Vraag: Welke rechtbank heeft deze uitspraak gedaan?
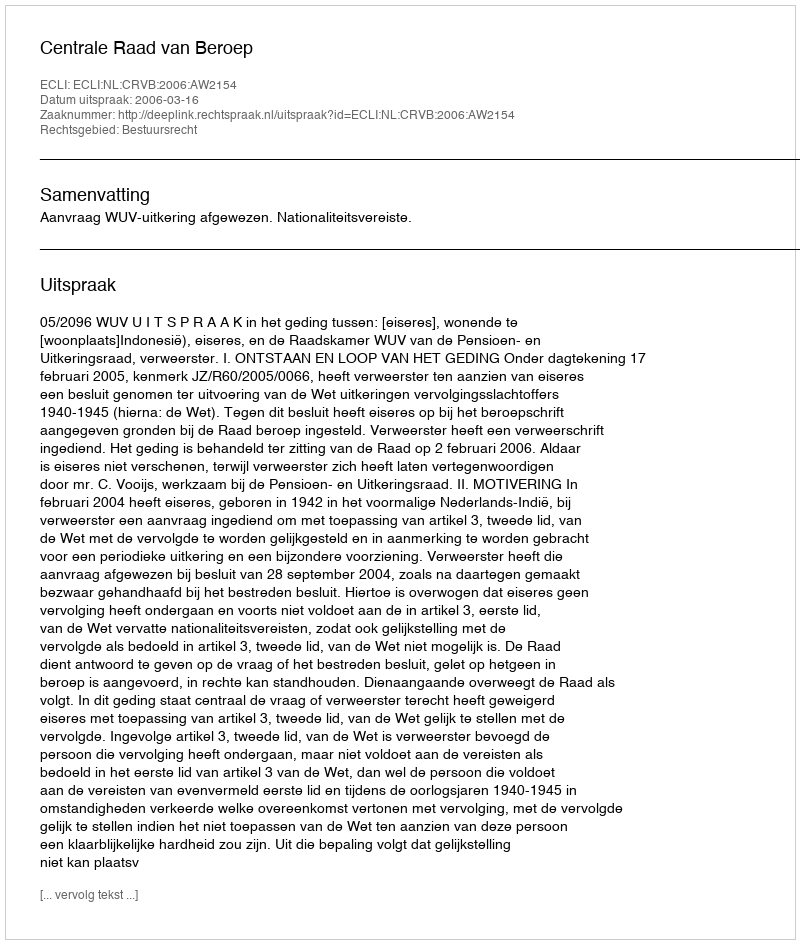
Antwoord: Centrale Raad van Beroep